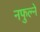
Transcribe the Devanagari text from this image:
नफुल्ने